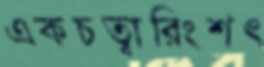
একচত্বারিংশৎ